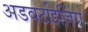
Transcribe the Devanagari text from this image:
अडवर्टाइज़िंग